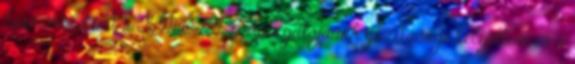
beszámolásért a BM OKF főigazgatójának gazdasági helyettese és a